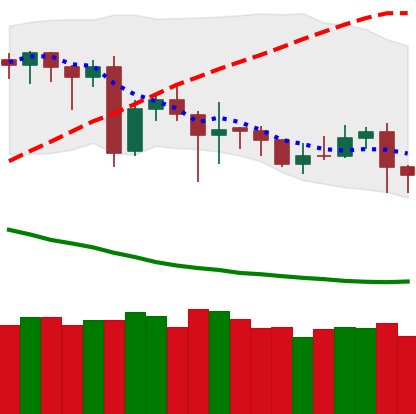
Ticker: DOGE-USD
Chart end date: 2020-06-25
Forward return: -4.013%
Label: down_3_5